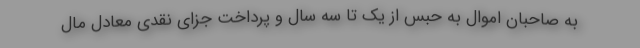
به صاحبان اموال به حبس از یک تا سه سال و پرداخت جزای نقدی معادل مال